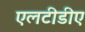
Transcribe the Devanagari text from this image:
एलटीडीए